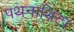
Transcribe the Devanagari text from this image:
पथनाथिटा